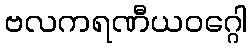
ဗလကရဏီယဝဂ္ဂေါ